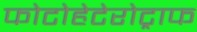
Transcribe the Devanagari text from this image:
फोटोहेटेरोट्राफ